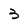
Character: 3